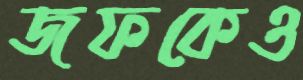
জফকেও